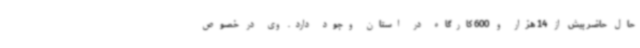
حال حاضر بیش از 14 هزار و 600 کارگاه در استان وجود دارد. وی در خصوص